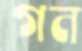
গন